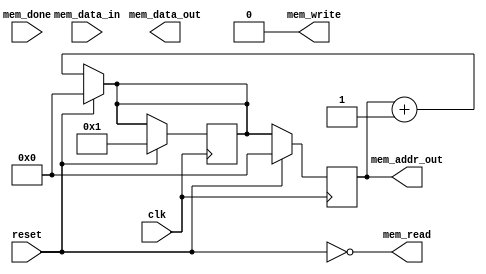
module cpu (
    input clk,
    input reset,
    input  [7:0] mem_data_in,
    output [7:0] mem_data_out,
    output [15:0] mem_addr_out,
    output mem_read,
    output mem_write,
    input  mem_done
);

    reg [15:0] pc, nextpc;
    reg [7:0] ir, accu;
    reg [7:0] regs [7:0];
    
    wire [7:0] reg_0 = regs[0];
    wire [7:0] reg_1 = regs[1];
    wire [7:0] reg_2 = regs[2];
    wire [7:0] reg_3 = regs[3];
    wire [7:0] reg_4 = regs[4];
    wire [7:0] reg_5 = regs[5];
    wire [7:0] reg_6 = regs[6];
    wire [7:0] reg_7 = regs[7];

    initial begin
        pc <= 0;
        ir <= 0;
        nextpc <= 0;
        alu_out <= 0;
        accu <= 0;
        regs[0] <= 0;
        regs[1] <= 0;
        regs[2] <= 0;
        regs[3] <= 0;
        regs[4] <= 0;
        regs[5] <= 0;
        regs[6] <= 0;
        regs[7] <= 0;
        phase <= 0;
        maxphase <= 0;
        nextphase <= 0;
        Flags <= 8'h2a;
    end


    reg [2:0] rx;
    reg [8:0] alu_out, alu_src1, alu_src2;
    reg [7:0] Flags;  // Ie,If,nZ,Z,nN,N,nC,C
    wire  CFlag = Flags[0];
    wire nCFlag = Flags[1];
    wire  NFlag = Flags[2];
    wire nNFlag = Flags[3];
    wire  ZFlag = Flags[4];
    wire nZFlag = Flags[5];
    reg [7:0] next_Flags;  
  
    reg [1:0] phase, nextphase, maxphase;
    reg [23:0] imm;

    always @* begin
        nextpc = reset ? 16'd0 : pc + 16'd1;
        rx = ir[2:0];
        alu_src1 = {1'b0, ir[3] ? regs[rx] : accu};
        alu_src2 = {1'b0, ~ir[3] ? regs[rx] : accu};
        case (ir[7:4])
            4'h0 : alu_out = alu_src2;                              // 00..07: MOV A, Rx   - 08..0F: MOV Rx, A
            4'h1 : alu_out = alu_src1 & alu_src2;                   // 10..17: AND A, RX   - 18..1F: AND Rx, A
            4'h2 : alu_out = alu_src1 | alu_src2;                   // 20..27: OR  A, RX   - 28..2F: OR  RX, A
            4'h3 : alu_out = alu_src1 ^ alu_src2;                   // 30..37: XOR A, RX   - 38..3F: XOR RX, A
            4'h4 : alu_out = alu_src1 + alu_src2;                   // 40..47: ADD A, RX   - 48..4F: ADD RX, A
            4'h5 : alu_out = alu_src1 + alu_src2 + {8'b0, CFlag};   // 50..57: ADC A, RX   - 58..5F: ADC RX, A
            4'h6 : alu_out = alu_src1 - alu_src2;                   // 60..67: SUB A, RX   - 68..6F: SUB RX, A
            4'h7 : alu_out = alu_src1 - alu_src2 - {8'b0, ~CFlag};  // 70..77: SBC A, RX   - 78..7F: SBC RX, A
            4'h8 : case (ir[3:0])
                       4'h0 : alu_out = {CFlag, accu + 8'h1};          // 80: INC A
                       4'h1 : alu_out = {CFlag, accu + 8'hff};          // 81: DEC A
                       4'h2 : alu_out = {CFlag, accu[3:0], accu[7:4]};          // 82: SWAP A
                       4'h3 : alu_out = {CFlag, accu[0], accu[1], accu[2], accu[3], accu[4], accu[5], accu[6], accu[7]};          // 83: REV A  (bit reverse)
                    default : alu_out = 9'hX;
                   endcase
         default : alu_out = 9'hX;
        endcase

        next_Flags = {Flags[7:6], |alu_out[7:0], ~|alu_out[7:0], ~alu_out[7], alu_out[7], ~alu_out[8], alu_out[8]};


        // number of extry bytes to fetch
        maxphase = 0;
        if (ir[7:4] == 4'hf) maxphase = 2;

        if (phase != maxphase)
            nextphase = phase + 1;
        else
            nextphase = 0;
    end
    
    always @(posedge clk) begin
        if (reset) begin
            pc <= 0;
            ir <= 0;
            nextpc <= 1;
        end else begin
            pc <= nextpc;
            case (nextphase)
                2'd0 : begin 
                           ir <= mem_data_in;
                           imm <= 0; 
                           // also 'execute'
                           Flags <= next_Flags;
                           casez (ir[7:5])
                               5'b0xxx0 : accu <= alu_out;
                               5'b0xxx1 : regs[rx] <= alu_out;
                               5'b10000 : accu <= alu_out;
                               5'b11110 : pc <= imm[15:0];
                            default : ;
                           endcase
                       end
                2'd1 : imm[7:0] <= mem_data_in;
                2'd2 : imm[15:8] <= mem_data_in;
                2'd3 : imm[23:16] <= mem_data_in;
             default : ;
            endcase
                
            phase <= nextphase;
        end
    end
  
    assign mem_addr_out = pc;
    assign mem_read = ~reset;
    assign mem_write = 0;
endmodule